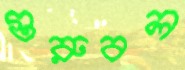
গুরুবল